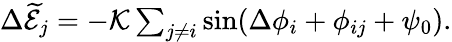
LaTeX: \begin{array}{r}{\Delta\widetilde{\cal E}_{j}=-{\cal K}\sum_{j\neq i}\sin(\Delta\phi_{i}+\phi_{ij}+\psi_{0}).}\end{array}